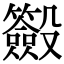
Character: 𣫢